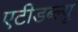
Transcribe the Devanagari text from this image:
एटीडब्ल्यू